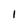
Character: 1